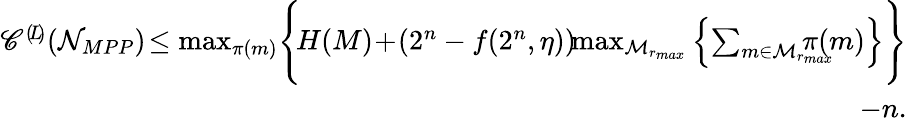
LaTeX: \begin{array}{r}{\mathscr{C}^{(\! L\! )}(\mathcal{N}_{MPP})\! \leq\operatorname*{max}_{\pi(m)}\Biggl\{ \! H(M)\! +\! (2^{n}-f(2^{n},\eta))\! \! \operatorname*{max}_{\mathcal{M}_{r_{max}}}\left\{ \sum_{m\in\mathcal{M}_{r_{max}}}\! \! \! \! \! \! \! \! \pi(m)\right\} \Biggr\} }\\ {-n.}\end{array}